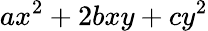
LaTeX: ax^{2}+2bxy+cy^{2}